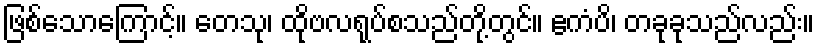
ဖြစ်သောကြောင့်။ တေသု၊ ထိုဗလရုပ်စသည်တို့တွင်။ ဧကံပိ၊ တခုခုသည်လည်း။